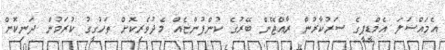
އެމައްސަލަ އެމްޑީޕީގެ ސަރުކާރުން ރާއްޖޭން ބޭރުގެ ކުންފުންޏެއް މެދުވެރިކޮށް ތަހުގީގު ކުރަމުން ދަނިކޮށް